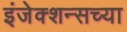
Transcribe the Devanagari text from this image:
इंजेक्शन्सच्या